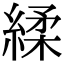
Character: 䋴